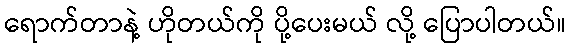
ရောက်တာနဲ့ ဟိုတယ်ကို ပို့ပေးမယ် လို့ ပြောပါတယ်။